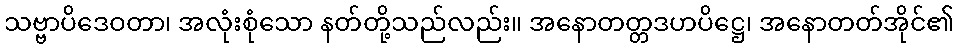
သဗ္ဗာပိဒေဝတာ၊ အလုံးစုံသော နတ်တို့သည်လည်း။ အနောတတ္တဒဟပိဋ္ဌေ၊ အနောတတ်အိုင်၏